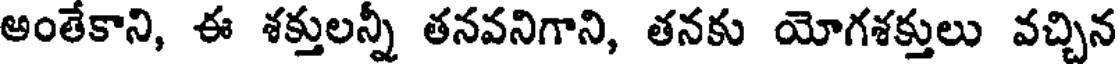
అంతేకాని, ఈ శక్తులన్నీ తనవనిగాని, తనకు యోగశక్తులు వచ్చిన